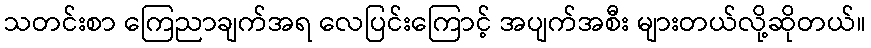
သတင်းစာ ကြေညာချက်အရ လေပြင်းကြောင့် အပျက်အစီး များတယ်လို့ဆိုတယ်။